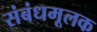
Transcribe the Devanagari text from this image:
संबंधमूलक